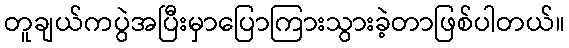
တူချယ်ကပွဲအပြီးမှာပြောကြားသွားခဲ့တာဖြစ်ပါတယ်။